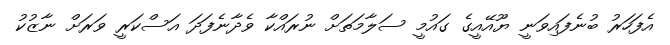
އެފަހަރު ބުނެފައިވަނީ ޔޫއޭއީގެ ގައުމީ ސަލާމަތަށް ނުރައްކާ ވެދާނެފަދަ އަސްކަރީ ވަރަށް ނާޒުކު